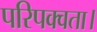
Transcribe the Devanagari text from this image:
परिपक्वता।